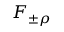
F _ { \pm \rho }